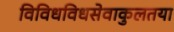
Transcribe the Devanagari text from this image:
विविधविधसेवाकुलतया